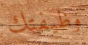
وظيفتك